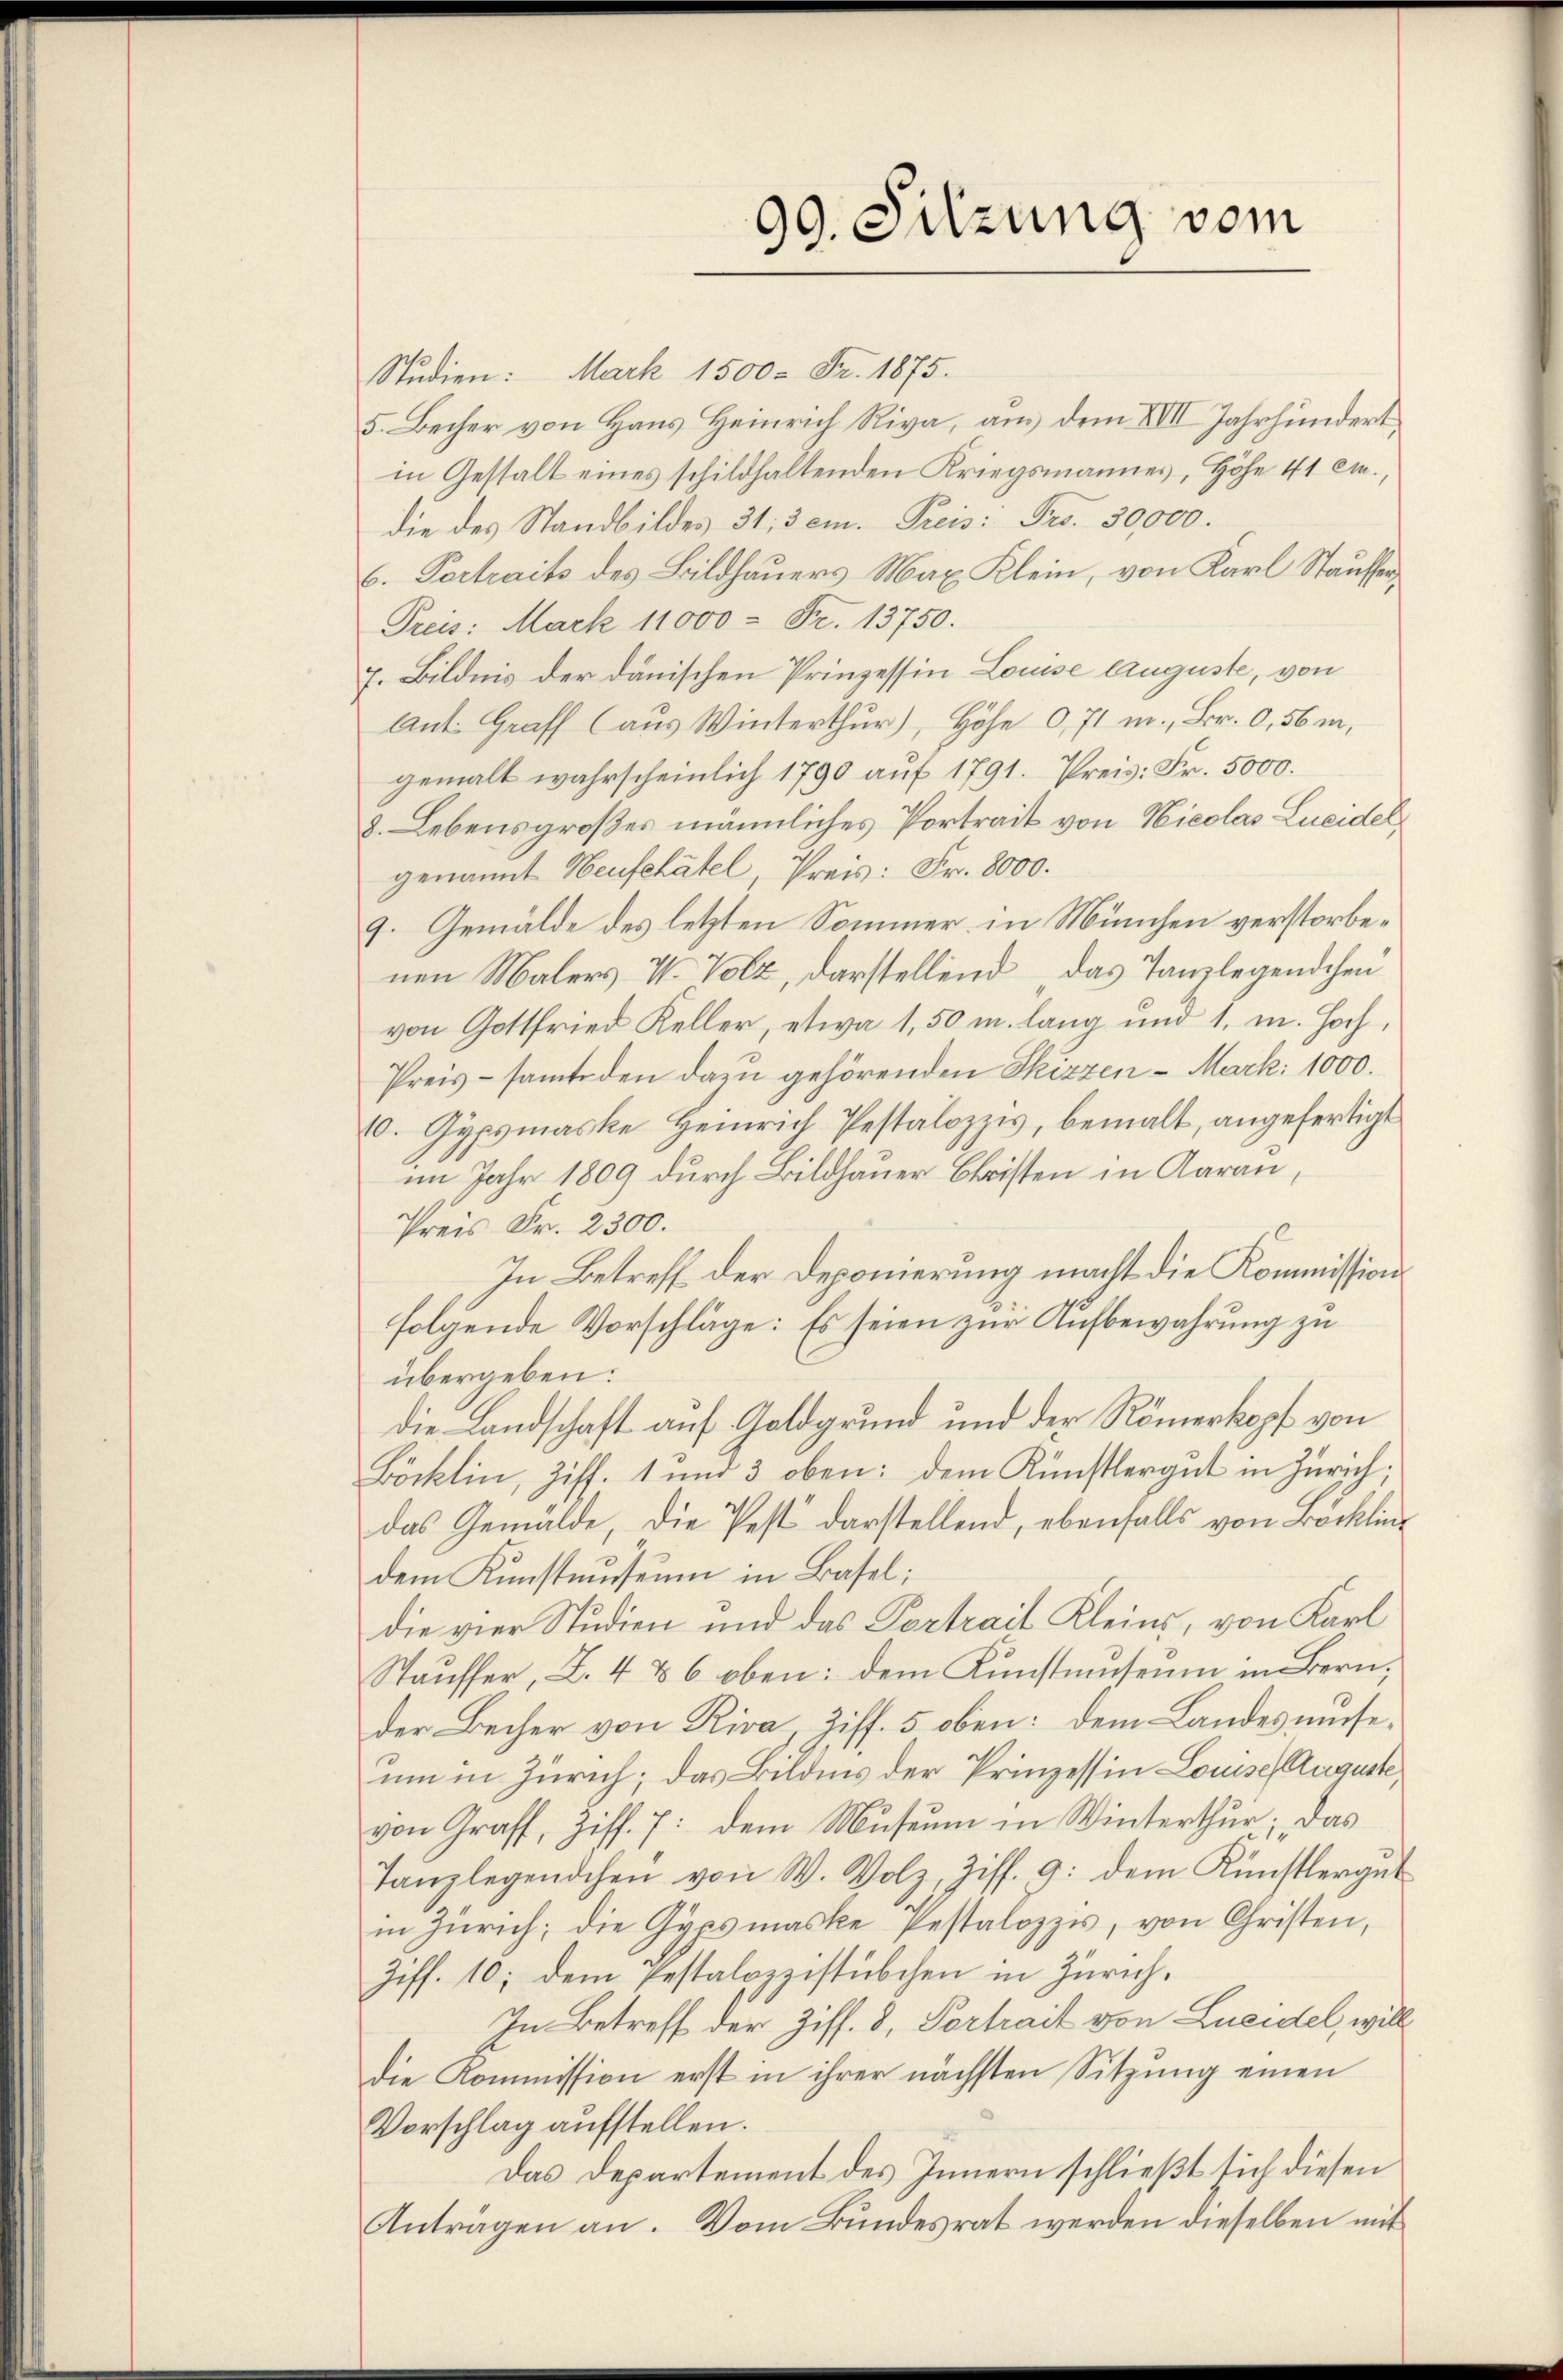
9. Sitzung vom
9

Studien: Mark 1500 Fr. 1875.
5. Becher von Hans Heinrich Riva, aus dem XVII Jahrhundert
in Gestalt eines schildhaltenden Kriegsmannes, Höhe 41 cm.,
die des Standbildes 31, 5 cm. Preis: Pro. 30,000.
6. Vortraits des Bildhauers Max Klein, von Karl Stauffer¬
Preis: Mark 11000 = Fr. 13750.
7. Bildnis der danischen Prinzessin Louise lauguste, von
Ant. Graff (aus Winterthur), Höhe 0,71 m., Br. 0,56 m,
gemalt wahrscheinlich 1790 auf 1791. Preis: Fr. 5000.
8. Lebens großes männliches Portrait von Nicolas Leidel,
genannt Heufchatel, Preis: Fr. 8000.
9. Gemälde des letzten Sommer in München verstorbenen Malers V. Volz, darstellend das Tanzlegendchen
von Gottfried Keller, etwa 1.50 m lang und 1. m. Hoch,
Preis - samte den dazu gehörenden Skizzen - Mark. 1000.
10. Gypsmaske Heinrich Pestalozzis, bemalt, angefertigt
im Jahr 1809 durch Bildhauer Christen in Aarau,
Preis Fr. 2300.
In Betreff der Deponierung macht die Kommissions
folgende Vorschläge: Es seien zur Aufbewahrung zu
übergeben:
Die Landschaft auf Goldgrund und der Römerkopf von
Böcklin, Ziff. 1 und 3 oben: dem Künstlergut in Zürich,
das Gemälde, die Pest darstellend, ebenfalls von Böckling
dem Kunstmuseum in Basel:
die vier Studien und das Portrait Kleins, von Karl
Stauffer, Z. 4 & 6 oben: dem Kunstmuseum in Bern,
der Becher von Riva, Ziff. 5 oben: dem Landes unseum in Zürich; das Bildens der Prinzessin Louise Auguste
von Graff, Ziff. 7: dem Museum in Winterthur; das
Tanzlegendchen von W. Volz, Ziff. 9: dem Künstlergut
in Zürich; die Gypsmaske Pestalozzis, von Christen,
Ziff. 10; dem Pestalozzistübchen in Zürich¬
In Betreff der Ziff. 8, Vortrait von Leidel, will
die Kommission erst in ihrer nächsten Sitzung einen
Vorschlag aufstellen.
Das Departement des Innern schließt sich diesen
Anträgen an. Vom Bundesrat werden dieselben mit